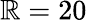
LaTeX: \mathbb{R}=20